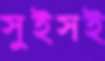
সুইসই